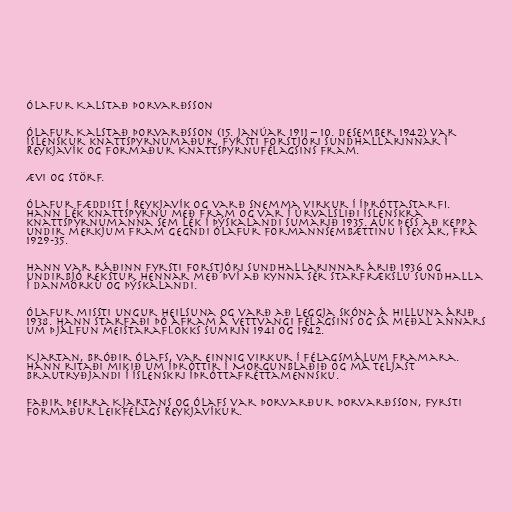
Ólafur Kalstað Þorvarðsson

Ólafur Kalstað Þorvarðsson (15. janúar 1911 – 10. desember 1942) var
íslenskur knattspyrnumaður, fyrsti forstjóri Sundhallarinnar í
Reykjavík og formaður Knattspyrnufélagsins Fram.

Ævi og störf.

Ólafur fæddist í Reykjavík og varð snemma virkur í íþróttastarfi.
Hann lék knattspyrnu með Fram og var í úrvalsliði íslenskra
knattspyrnumanna sem lék í Þýskalandi sumarið 1935. Auk þess að keppa
undir merkjum Fram gegndi Ólafur formannsembættinu í sex ár, frá
1929-35.

Hann var ráðinn fyrsti forstjóri Sundhallarinnar árið 1936 og
undirbjó rekstur hennar með því að kynna sér starfrækslu sundhalla
í Danmörku og Þýskalandi.

Ólafur missti ungur heilsuna og varð að leggja skóna á hilluna árið
1938. Hann starfaði þó áfram á vettvangi félagsins og sá meðal annars
um þjálfun meistaraflokks sumrin 1941 og 1942.

Kjartan, bróðir Ólafs, var einnig virkur í félagsmálum Framara.
Hann ritaði mikið um íþróttir í Morgunblaðið og má teljast
brautryðjandi í íslenskri íþróttafréttamennsku.

Faðir þeirra Kjartans og Ólafs var Þorvarður Þorvarðsson, fyrsti
formaður Leikfélags Reykjavíkur.